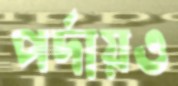
পর্দায়ও